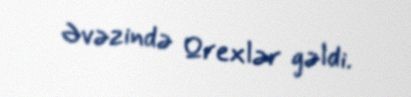
Əvəzində Qrexlər gəldi.